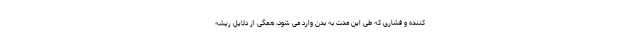
کننده و فشاری که طی این مدت به بدن وارد می شود، همگی از دلایل ریشه